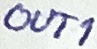
Text: OUT1